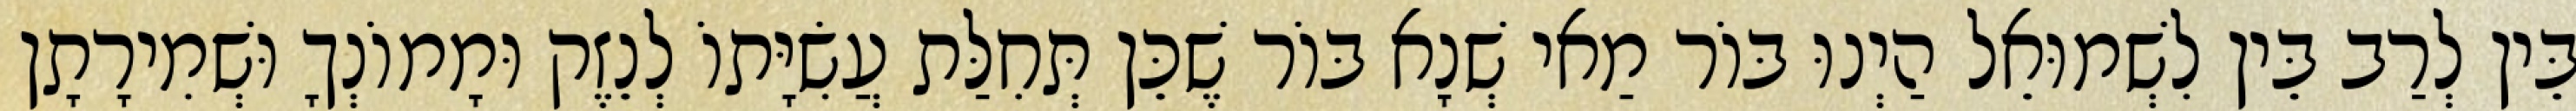
בֵּין לְרַב בֵּין לִשְׁמוּאֵל הַיְנוּ בּוֹר מַאי שְׁנָא בּוֹר שֶׁכֵּן תְּחִלַּת עֲשִׂיָּתוֹ לְנֵזֶק וּמָמוֹנְךָ וּשְׁמִירָתָן